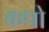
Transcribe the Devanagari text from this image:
कपो